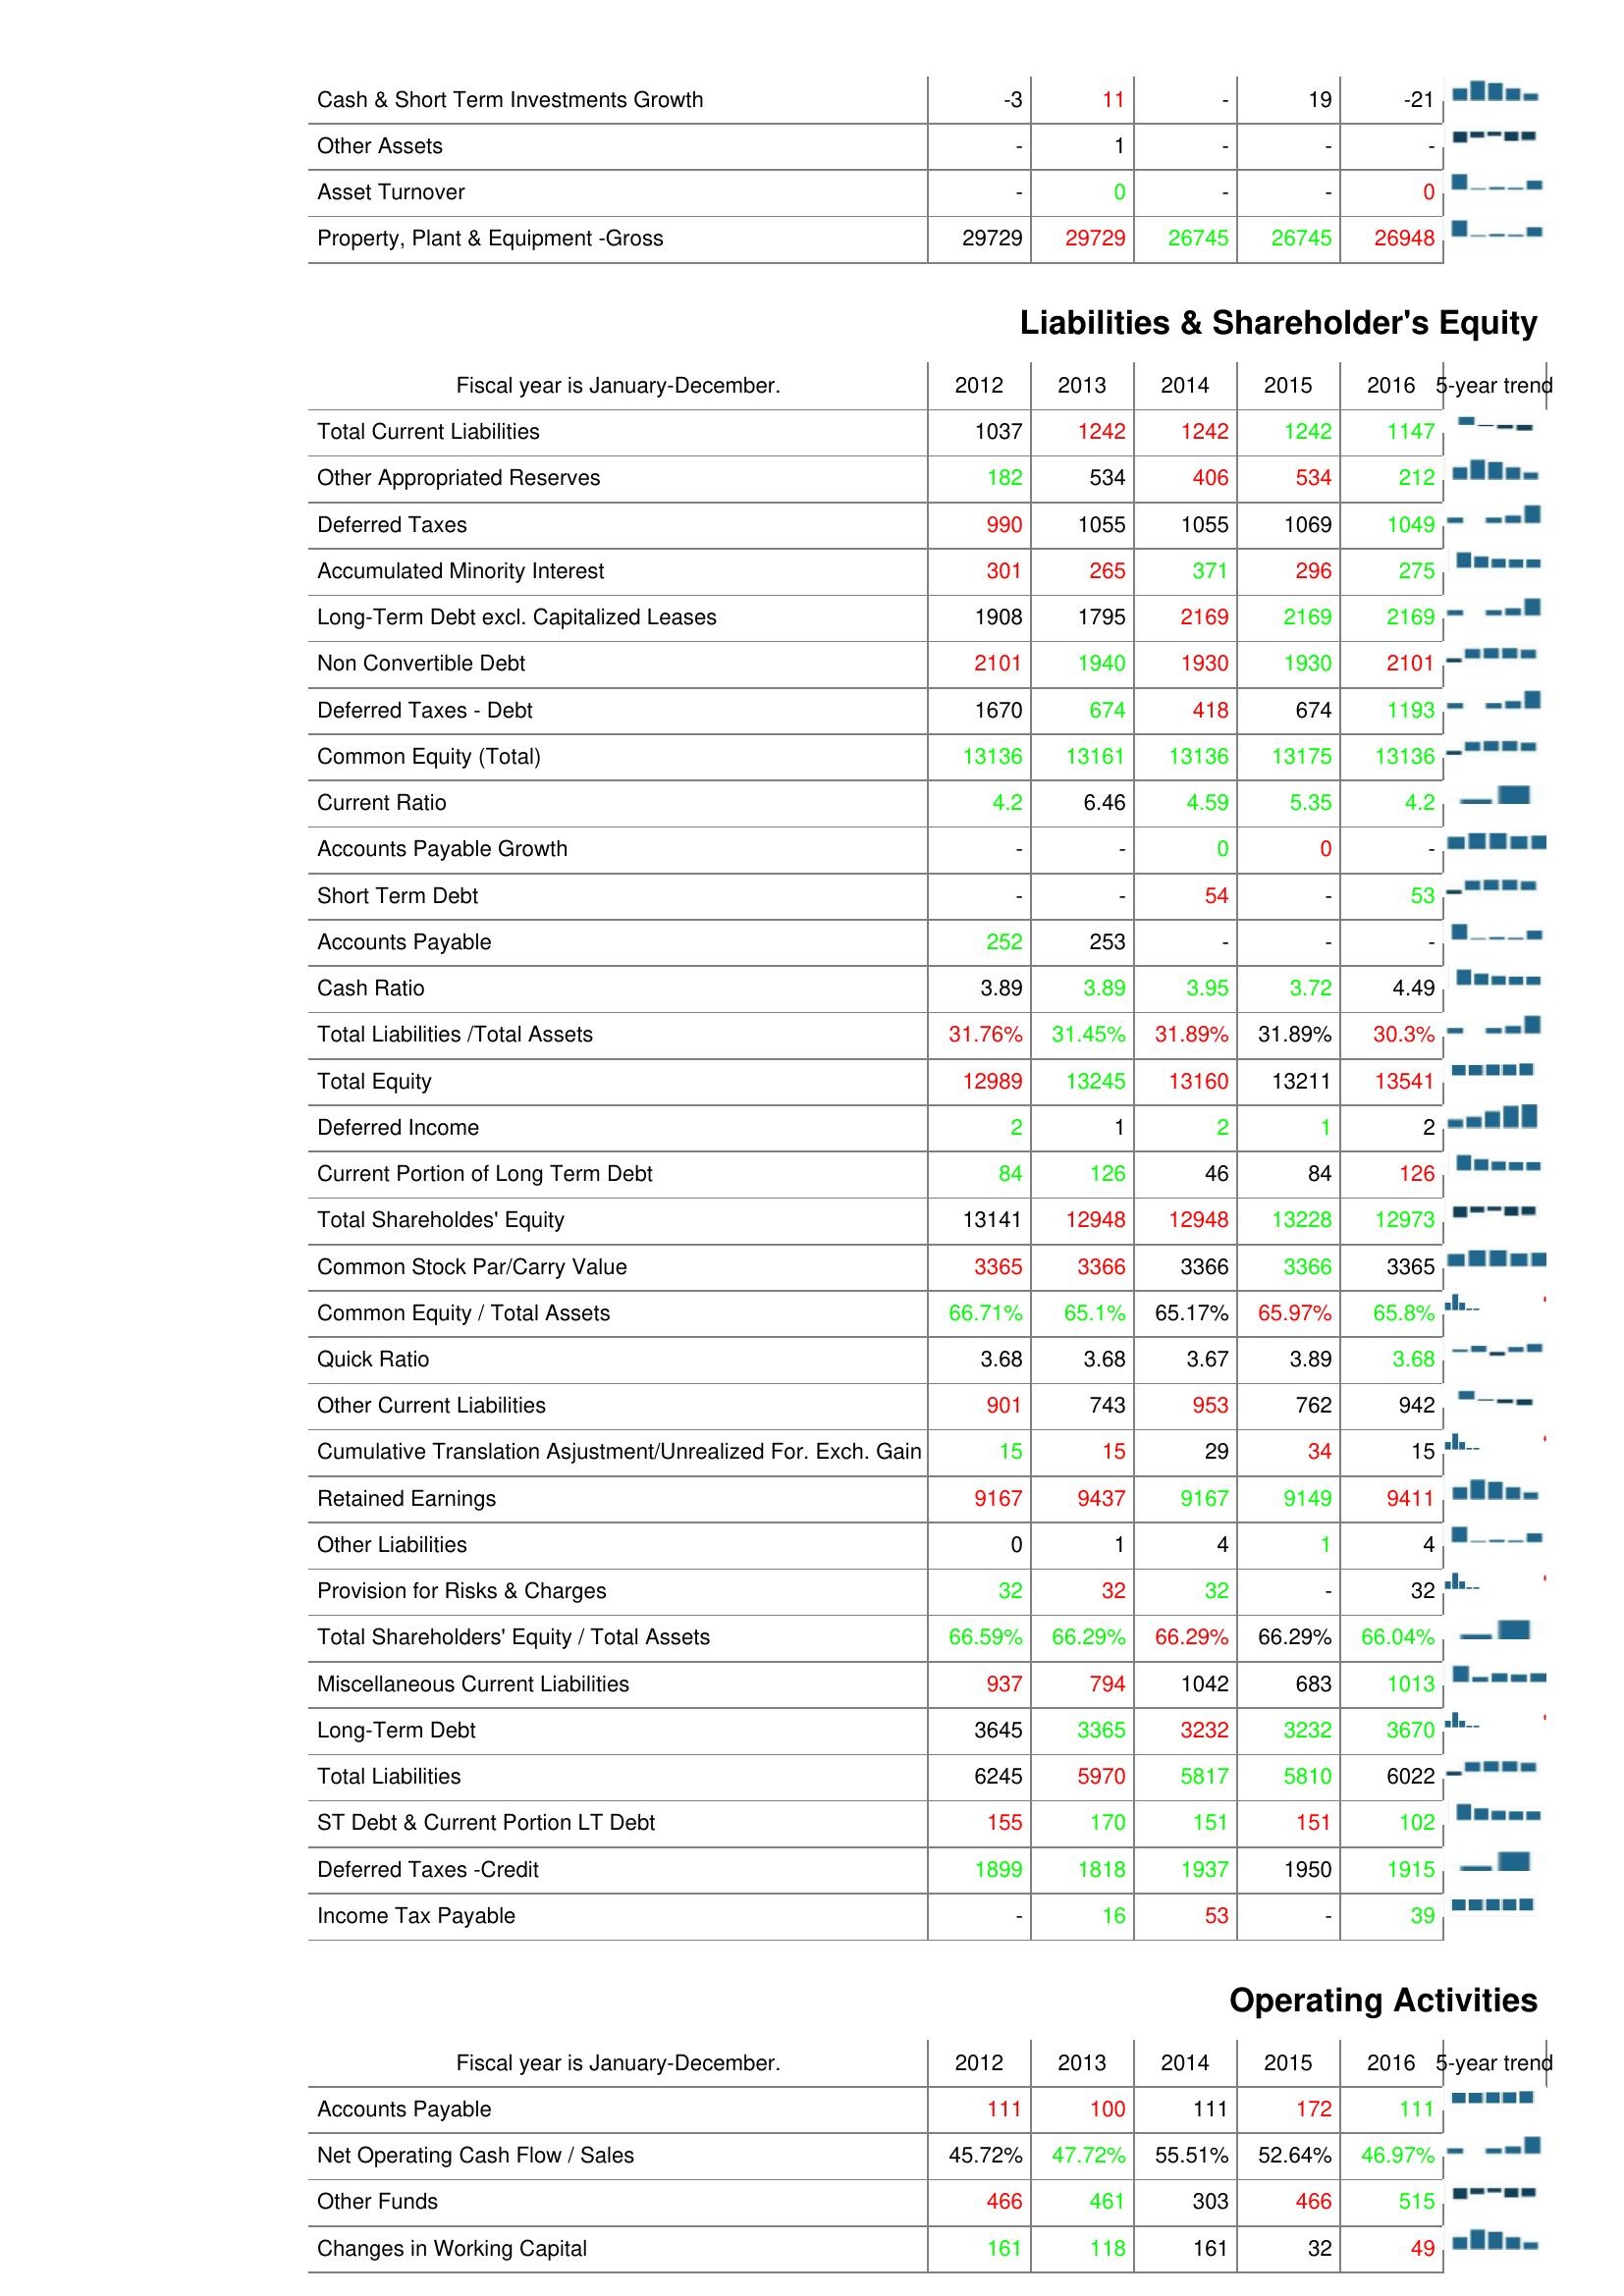
2012: Assets: Cash & Short Term Investments Growth: -3
Other Assets: -
Asset Turnover: -
Property, Plant & Equipment -Gross: 29729
Liabilities & Shareholder's Equity: Total Current Liabilities: 1037
Other Appropriated Reserves: 182
Deferred Taxes: 990
Accumulated Minority Interest: 301
Long-Term Debt excl. Capitalized Leases: 1908
Non Convertible Debt: 2101
Deferred Taxes - Debt: 1670
Common Equity (Total): 13136
Current Ratio: 4.2
Accounts Payable Growth: -
Short Term Debt: -
Accounts Payable: 252
Cash Ratio: 3.89
Total Liabilities /Total Assets: 31.76%
Total Equity: 12989
Deferred Income: 2
Current Portion of Long Term Debt: 84
Total Shareholdes' Equity: 13141
Common Stock Par/Carry Value: 3365
Common Equity / Total Assets: 66.71%
Quick Ratio: 3.68
Other Current Liabilities: 901
Cumulative Translation Asjustment/Unrealized For. Exch. Gain: 15
Retained Earnings: 9167
Other Liabilities: 0
Provision for Risks & Charges: 32
Total Shareholders' Equity / Total Assets: 66.59%
Miscellaneous Current Liabilities: 937
Long-Term Debt: 3645
Total Liabilities: 6245
ST Debt & Current Portion LT Debt: 155
Deferred Taxes -Credit: 1899
Income Tax Payable: -
Operating Activities: Accounts Payable: 111
Net Operating Cash Flow / Sales: 45.72%
Other Funds: 466
Changes in Working Capital: 161
2013: Assets: Cash & Short Term Investments Growth: 11
Other Assets: 1
Asset Turnover: 0
Property, Plant & Equipment -Gross: 29729
Liabilities & Shareholder's Equity: Total Current Liabilities: 1242
Other Appropriated Reserves: 534
Deferred Taxes: 1055
Accumulated Minority Interest: 265
Long-Term Debt excl. Capitalized Leases: 1795
Non Convertible Debt: 1940
Deferred Taxes - Debt: 674
Common Equity (Total): 13161
Current Ratio: 6.46
Accounts Payable Growth: -
Short Term Debt: -
Accounts Payable: 253
Cash Ratio: 3.89
Total Liabilities /Total Assets: 31.45%
Total Equity: 13245
Deferred Income: 1
Current Portion of Long Term Debt: 126
Total Shareholdes' Equity: 12948
Common Stock Par/Carry Value: 3366
Common Equity / Total Assets: 65.1%
Quick Ratio: 3.68
Other Current Liabilities: 743
Cumulative Translation Asjustment/Unrealized For. Exch. Gain: 15
Retained Earnings: 9437
Other Liabilities: 1
Provision for Risks & Charges: 32
Total Shareholders' Equity / Total Assets: 66.29%
Miscellaneous Current Liabilities: 794
Long-Term Debt: 3365
Total Liabilities: 5970
ST Debt & Current Portion LT Debt: 170
Deferred Taxes -Credit: 1818
Income Tax Payable: 16
Operating Activities: Accounts Payable: 100
Net Operating Cash Flow / Sales: 47.72%
Other Funds: 461
Changes in Working Capital: 118
2014: Assets: Cash & Short Term Investments Growth: -
Other Assets: -
Asset Turnover: -
Property, Plant & Equipment -Gross: 26745
Liabilities & Shareholder's Equity: Total Current Liabilities: 1242
Other Appropriated Reserves: 406
Deferred Taxes: 1055
Accumulated Minority Interest: 371
Long-Term Debt excl. Capitalized Leases: 2169
Non Convertible Debt: 1930
Deferred Taxes - Debt: 418
Common Equity (Total): 13136
Current Ratio: 4.59
Accounts Payable Growth: 0
Short Term Debt: 54
Accounts Payable: -
Cash Ratio: 3.95
Total Liabilities /Total Assets: 31.89%
Total Equity: 13160
Deferred Income: 2
Current Portion of Long Term Debt: 46
Total Shareholdes' Equity: 12948
Common Stock Par/Carry Value: 3366
Common Equity / Total Assets: 65.17%
Quick Ratio: 3.67
Other Current Liabilities: 953
Cumulative Translation Asjustment/Unrealized For. Exch. Gain: 29
Retained Earnings: 9167
Other Liabilities: 4
Provision for Risks & Charges: 32
Total Shareholders' Equity / Total Assets: 66.29%
Miscellaneous Current Liabilities: 1042
Long-Term Debt: 3232
Total Liabilities: 5817
ST Debt & Current Portion LT Debt: 151
Deferred Taxes -Credit: 1937
Income Tax Payable: 53
Operating Activities: Accounts Payable: 111
Net Operating Cash Flow / Sales: 55.51%
Other Funds: 303
Changes in Working Capital: 161
2015: Assets: Cash & Short Term Investments Growth: 19
Other Assets: -
Asset Turnover: -
Property, Plant & Equipment -Gross: 26745
Liabilities & Shareholder's Equity: Total Current Liabilities: 1242
Other Appropriated Reserves: 534
Deferred Taxes: 1069
Accumulated Minority Interest: 296
Long-Term Debt excl. Capitalized Leases: 2169
Non Convertible Debt: 1930
Deferred Taxes - Debt: 674
Common Equity (Total): 13175
Current Ratio: 5.35
Accounts Payable Growth: 0
Short Term Debt: -
Accounts Payable: -
Cash Ratio: 3.72
Total Liabilities /Total Assets: 31.89%
Total Equity: 13211
Deferred Income: 1
Current Portion of Long Term Debt: 84
Total Shareholdes' Equity: 13228
Common Stock Par/Carry Value: 3366
Common Equity / Total Assets: 65.97%
Quick Ratio: 3.89
Other Current Liabilities: 762
Cumulative Translation Asjustment/Unrealized For. Exch. Gain: 34
Retained Earnings: 9149
Other Liabilities: 1
Provision for Risks & Charges: -
Total Shareholders' Equity / Total Assets: 66.29%
Miscellaneous Current Liabilities: 683
Long-Term Debt: 3232
Total Liabilities: 5810
ST Debt & Current Portion LT Debt: 151
Deferred Taxes -Credit: 1950
Income Tax Payable: -
Operating Activities: Accounts Payable: 172
Net Operating Cash Flow / Sales: 52.64%
Other Funds: 466
Changes in Working Capital: 32
2016: Assets: Cash & Short Term Investments Growth: -21
Other Assets: -
Asset Turnover: 0
Property, Plant & Equipment -Gross: 26948
Liabilities & Shareholder's Equity: Total Current Liabilities: 1147
Other Appropriated Reserves: 212
Deferred Taxes: 1049
Accumulated Minority Interest: 275
Long-Term Debt excl. Capitalized Leases: 2169
Non Convertible Debt: 2101
Deferred Taxes - Debt: 1193
Common Equity (Total): 13136
Current Ratio: 4.2
Accounts Payable Growth: -
Short Term Debt: 53
Accounts Payable: -
Cash Ratio: 4.49
Total Liabilities /Total Assets: 30.3%
Total Equity: 13541
Deferred Income: 2
Current Portion of Long Term Debt: 126
Total Shareholdes' Equity: 12973
Common Stock Par/Carry Value: 3365
Common Equity / Total Assets: 65.8%
Quick Ratio: 3.68
Other Current Liabilities: 942
Cumulative Translation Asjustment/Unrealized For. Exch. Gain: 15
Retained Earnings: 9411
Other Liabilities: 4
Provision for Risks & Charges: 32
Total Shareholders' Equity / Total Assets: 66.04%
Miscellaneous Current Liabilities: 1013
Long-Term Debt: 3670
Total Liabilities: 6022
ST Debt & Current Portion LT Debt: 102
Deferred Taxes -Credit: 1915
Income Tax Payable: 39
Operating Activities: Accounts Payable: 111
Net Operating Cash Flow / Sales: 46.97%
Other Funds: 515
Changes in Working Capital: 49